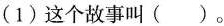
(1)这个故事叫（）。